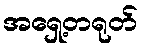
အရှေ့တရုတ်